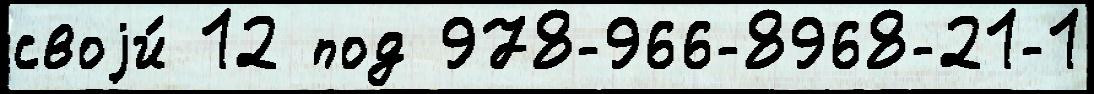
своjи́ 12 под 978-966-8968-21-1